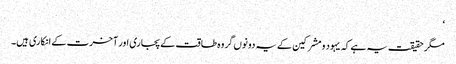
‘
مگر حقیقت یہ ہے کہ یہود و مشرکین کے یہ دونوں گروہ طاقت کے پجاری اور آخرت کے انکاری ہیں۔